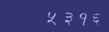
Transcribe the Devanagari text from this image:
५३१६